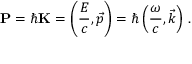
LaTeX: \mathbf { P } = \hbar \mathbf { K } = \left( { \frac { E } { c } } , { \vec { p } } \right) = \hbar \left( { \frac { \omega } { c } } , { \vec { k } } \right) \, .